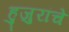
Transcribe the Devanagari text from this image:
हुजुरांचे